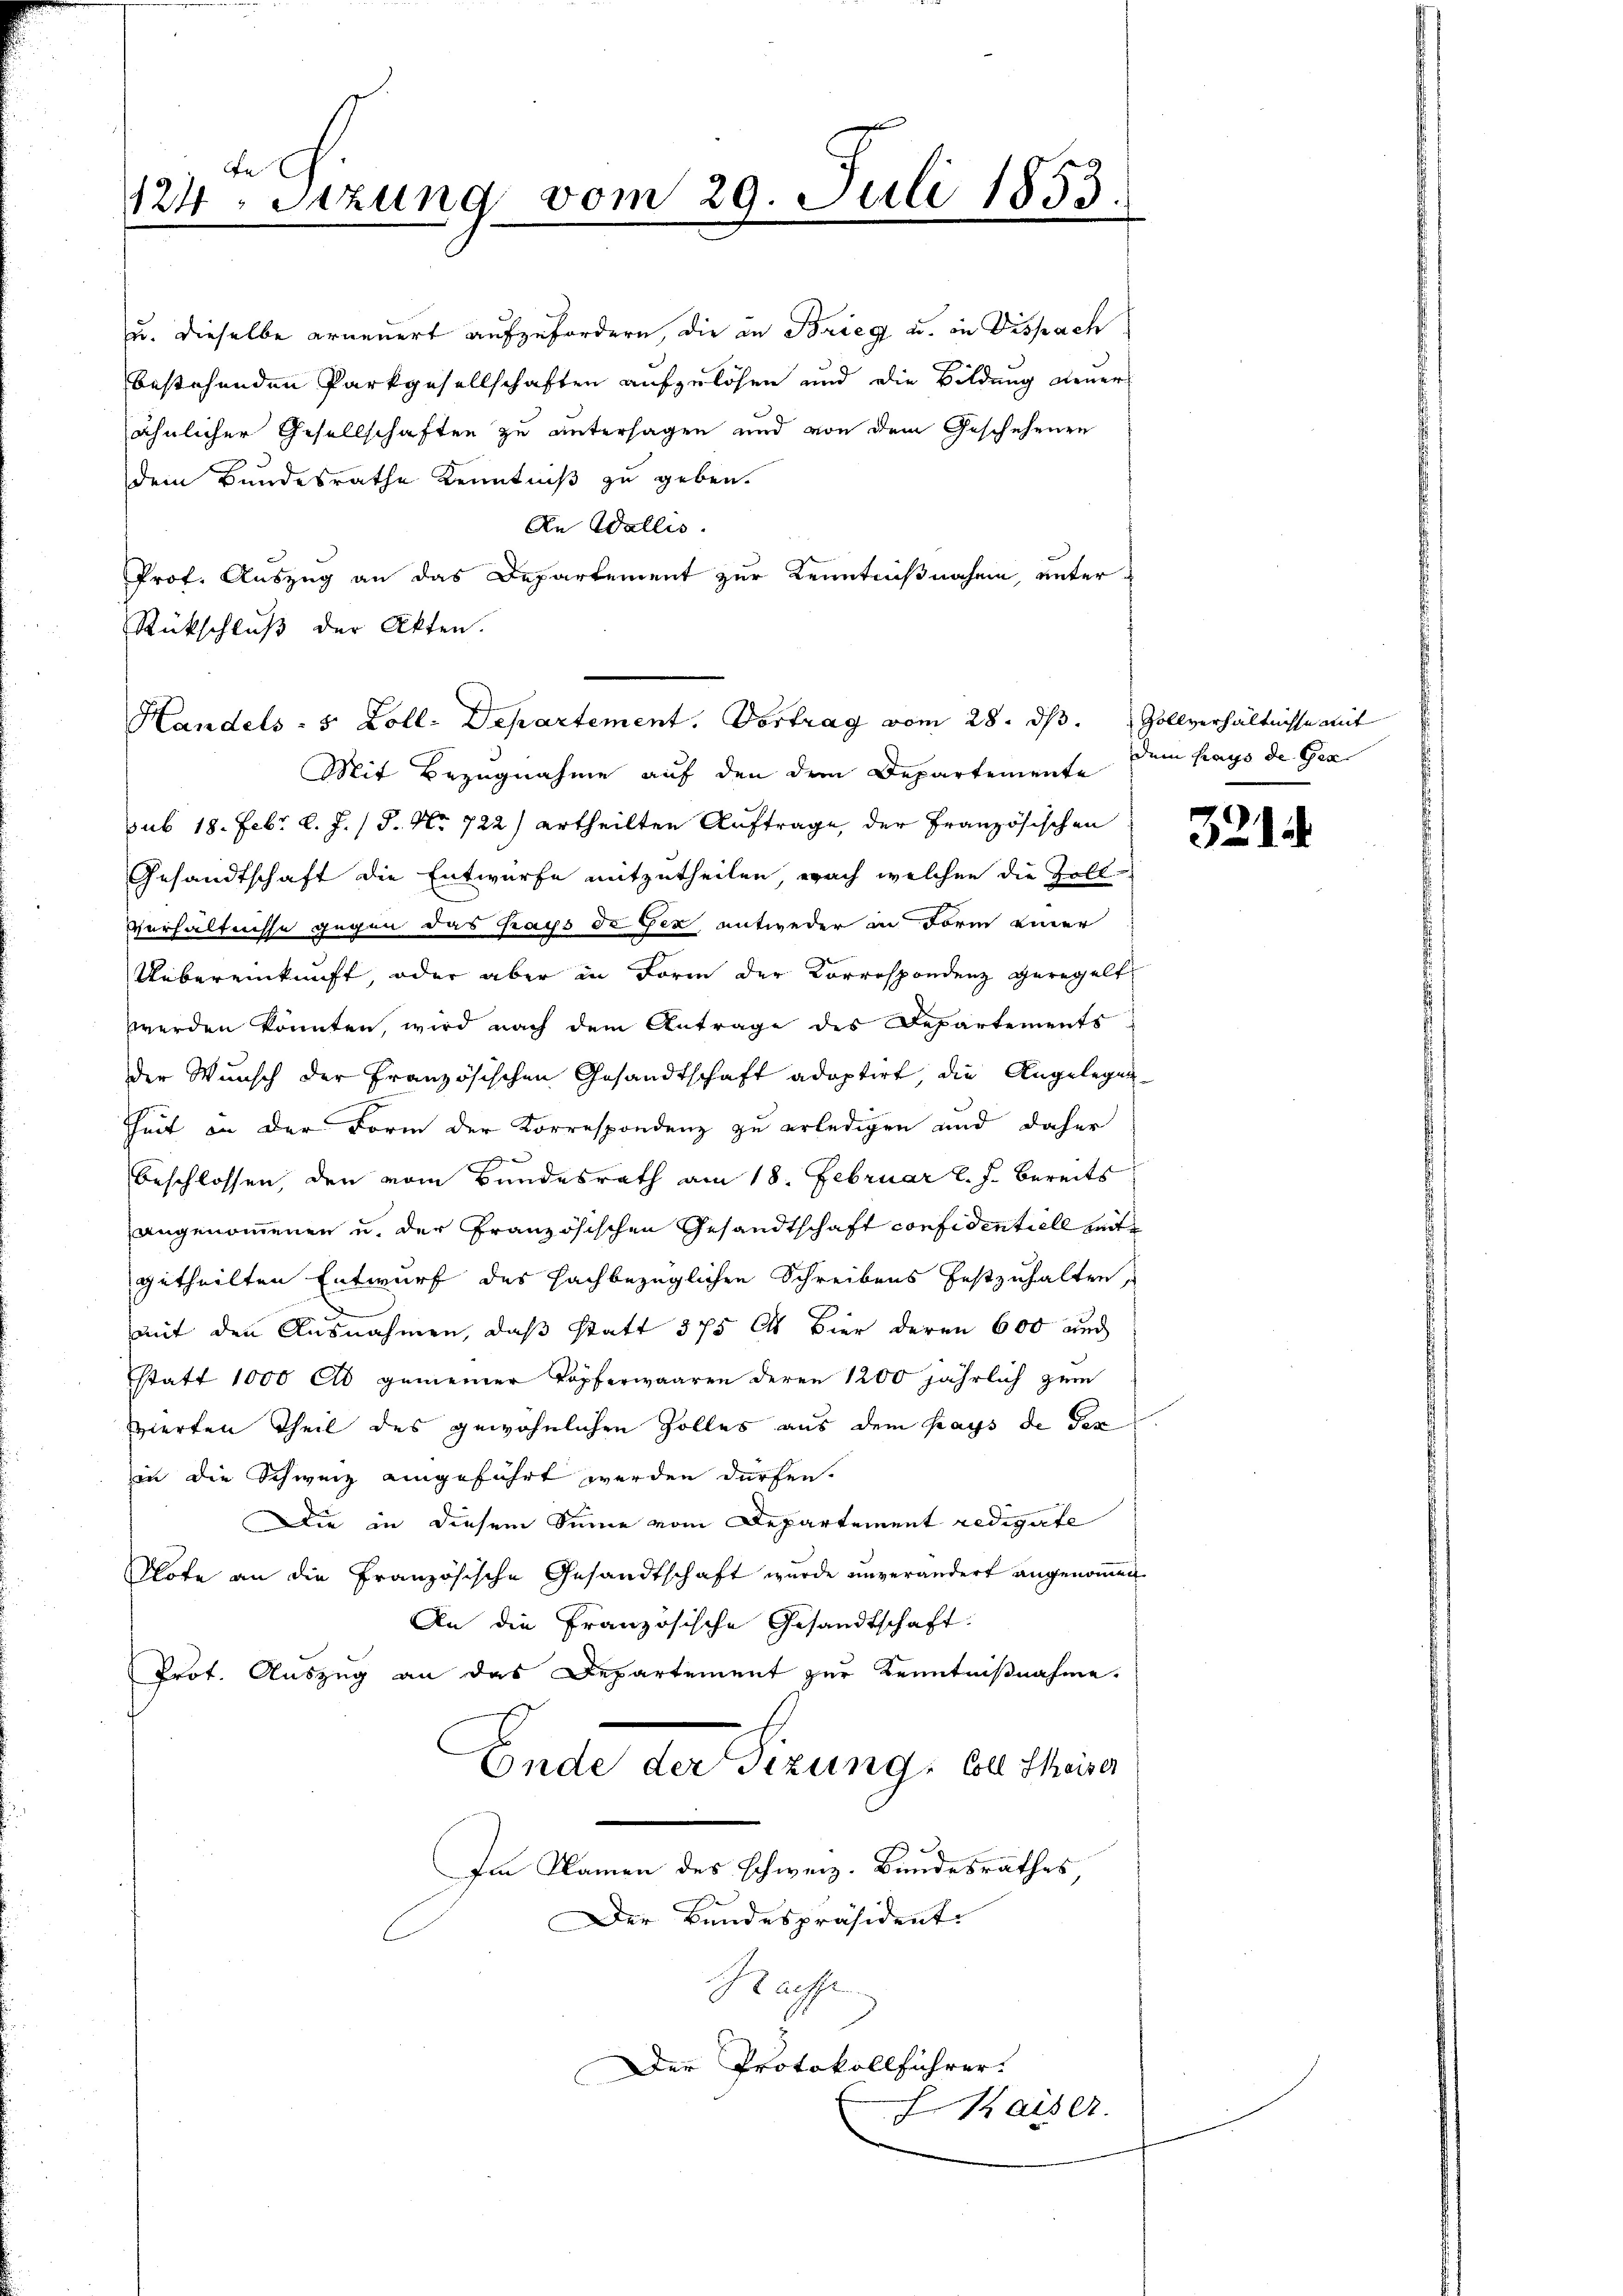
dem Bundesrathe Kenntniß zu geben.
An Wallis.
Prof. Auszug an das Departement zur Kenntnißnahme, unter
Rückschluß der Akten.
Mit Bezugnahme auf den dem Departemente dem Kays de Gen
sub 18. Febr. l. J. J. No 722) ertheilten Auftrage, der Französischen
Gesandtschaft die Entwurfe mitzutheilen, wach welchen die Zoll-
Verhältnisse gegen das Kays de Gex, entweder in Form einer
Uebereinkunft, oder aber in Form der Korrespondenz geregelt
werden könnten, wird nach dem Antrage des Departements
der Wunsch der Französischen Gesandtschaft adoptirt, die Angelegen¬
Zeit in der Form der Korrespondenz zu erledigen und daher
beschlossen, den vom Bundesrath am 18. Februar l. J. bereits
angenommenen u. der Französischen Gesandtschaft confidentiell zeit
getheilten Entwurf des fachbezüglichen Schreibens festzuhalten,
mit den Ausnahmen, daß statt 375 Al. Bier deren 600 und
statt 1000 ab gemeiner Kopferwaaren deren 1200 jährlich zum
vierten Theil des gewöhnlichen Zolles aus dem Kays de Tex
in die Schweiz eingeführt werden dürfen.
Die in diesem Sinne vom Departement redigirte
Klote an die Französische Gesandtschaft wurde unverändert angenoṁen
An die französische Gesandtschaft.
Prot. Auszug an das Departement zur Kenntnißnahme.
Ende der Sizung, Coll theiser
Im Namen des Schweiz. Bundesrathes
Der Bandespräsident
Sachse
Der Protokollführer.
 Kaiser.

1
e
124. Sitzung vom 29. Juli 1853.

u. dieselbe erneuert aufzufordern, die in Brieg u. in Dispach
bestehenden Parkgesellschaften aufzulösen und die Bildung steuer
ähnlicher Gesellschaften zu untersagen und von dem Geschehenen

Handels- 5 Zoll-Departement. Vortrag vom 28. ds. Zollverhältnisse mit

32